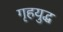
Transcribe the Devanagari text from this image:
गृहयुद्ध